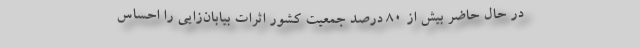
در حال حاضر بیش از ۸۰ درصد جمعیت کشور اثرات بیابان‌زایی را احساس